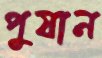
পুষান